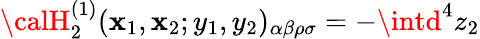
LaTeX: {\calH}_{2}^{(1)}(\mathbf{x}_{1},\mathbf{x}_{2};y_{1},y_{2})_{\alpha\beta\rho\sigma}=-\intd^{4}z_{2}